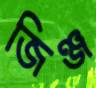
জিঞ্জ